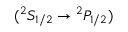
{ ( ^ { 2 } S _ { 1 / 2 } \rightarrow { ^ 2 P _ { 1 / 2 } ) } }